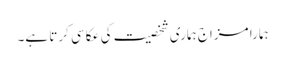
ہمارا مزاج ہماری شخصیت کی عکاسی کرتا ہے۔